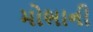
મોભાની